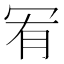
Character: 𠖅